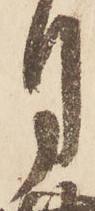
月